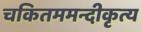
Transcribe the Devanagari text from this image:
चकितममन्दीकृत्य